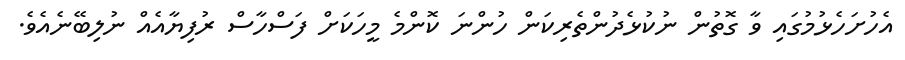
އެހުށަހެޅުމުގައި ވާ ގޮތުން ނުކުޅެދުންތެރިކަން ހުންނަ ކޮންމެ މީހަކަށް ފަސްހާސް ރުފިޔާއެއް ނުލިބޭނެއެވެ.